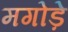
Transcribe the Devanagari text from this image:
मगोड़े